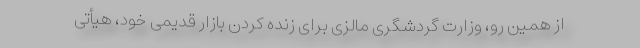
از همین رو، وزارت گردشگری مالزی برای زنده کردن بازار قدیمی خود، هیأتی